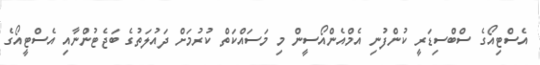
އެސްޓިއޯގެ ސްބްސިޑަރީ ކުންފުނި އެމްއެންއޯސީން މި މަސައްކަތް ކުރުމަށް ދައުލަތުގެ ބަޖެޓުންނާއި އެސްޓީއޯގެ